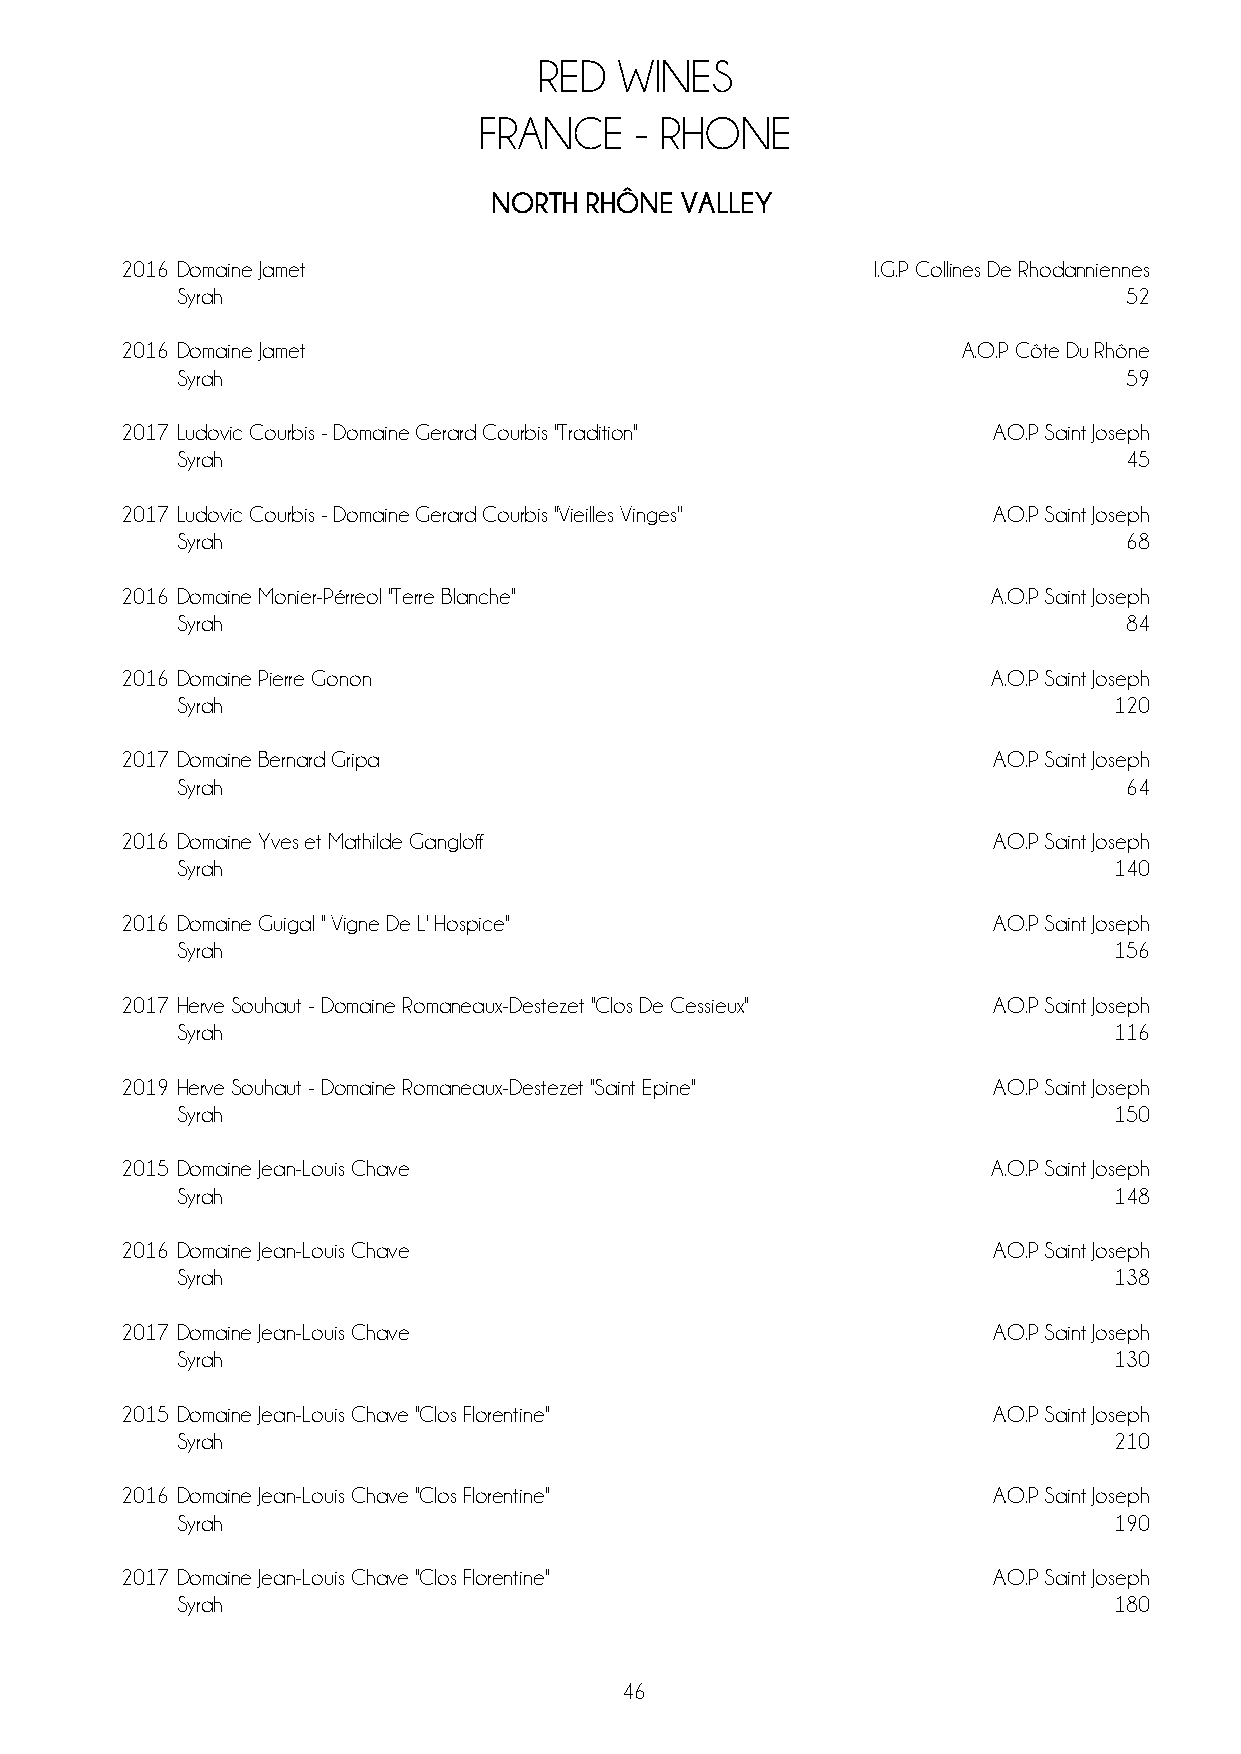
RED  WINES
 FRANCE    - RHONE
 NORTH  RHÔNE VALLEY
 2016 Domaine Jamet                                I.G.P Collines De Rhodanniennes
 Syrah                                                         52
 2016 Domaine Jamet                                      A.O.P Côte Du Rhône
 Syrah                                                         59
 2017 Ludovic Courbis - Domaine Gerard Courbis ''Tradition'' A.O.P Saint Joseph
 Syrah                                                         45
 2017 Ludovic Courbis - Domaine Gerard Courbis ''Vieilles Vinges'' A.O.P Saint Joseph
 Syrah                                                         68
 2016 Domaine Monier-Pérreol ''Terre Blanche''             A.O.P Saint Joseph
 Syrah                                                         84
 2016 Domaine Pierre Gonon                                 A.O.P Saint Joseph
 Syrah                                                         120
 2017 Domaine Bernard Gripa                                A.O.P Saint Joseph
 Syrah                                                         64
 2016 Domaine Yves et Mathilde Gangloff                    A.O.P Saint Joseph
 Syrah                                                         140
 2016 Domaine Guigal '' Vigne De L' Hospice''              A.O.P Saint Joseph
 Syrah                                                         156
 2017 Herve Souhaut - Domaine Romaneaux-Destezet ''Clos De Cessieux'' A.O.P Saint Joseph
 Syrah                                                         116
 2019 Herve Souhaut - Domaine Romaneaux-Destezet ''Saint Epine'' A.O.P Saint Joseph
 Syrah                                                         150
 2015 Domaine Jean-Louis Chave                             A.O.P Saint Joseph
 Syrah                                                         148
 2016 Domaine Jean-Louis Chave                             A.O.P Saint Joseph
 Syrah                                                         138
 2017 Domaine Jean-Louis Chave                             A.O.P Saint Joseph
 Syrah                                                         130
 2015 Domaine Jean-Louis Chave ''Clos Florentine''         A.O.P Saint Joseph
 Syrah                                                         210
 2016 Domaine Jean-Louis Chave ''Clos Florentine''         A.O.P Saint Joseph
 Syrah                                                         190
 2017 Domaine Jean-Louis Chave ''Clos Florentine''         A.O.P Saint Joseph
 Syrah                                                         180
 46